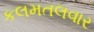
કલમતલવાર